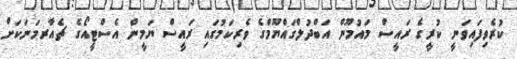
ކުރެވިފައިވަނީ ކުރީގެ ރައީސް މައުމޫން އަބްދުލްގައްޔޫމްގެ ވެރިކަމުގައި ރައީސް ޔަމީން އެސްޓީއޯގެ ޗެއާރމަނަކަށް